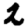
Digit: 2